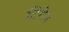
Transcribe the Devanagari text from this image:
टिगेन